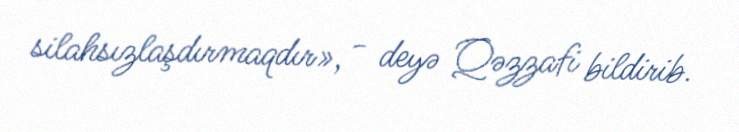
silahsızlaşdırmaqdır», - deyə Qəzzafi bildirib.